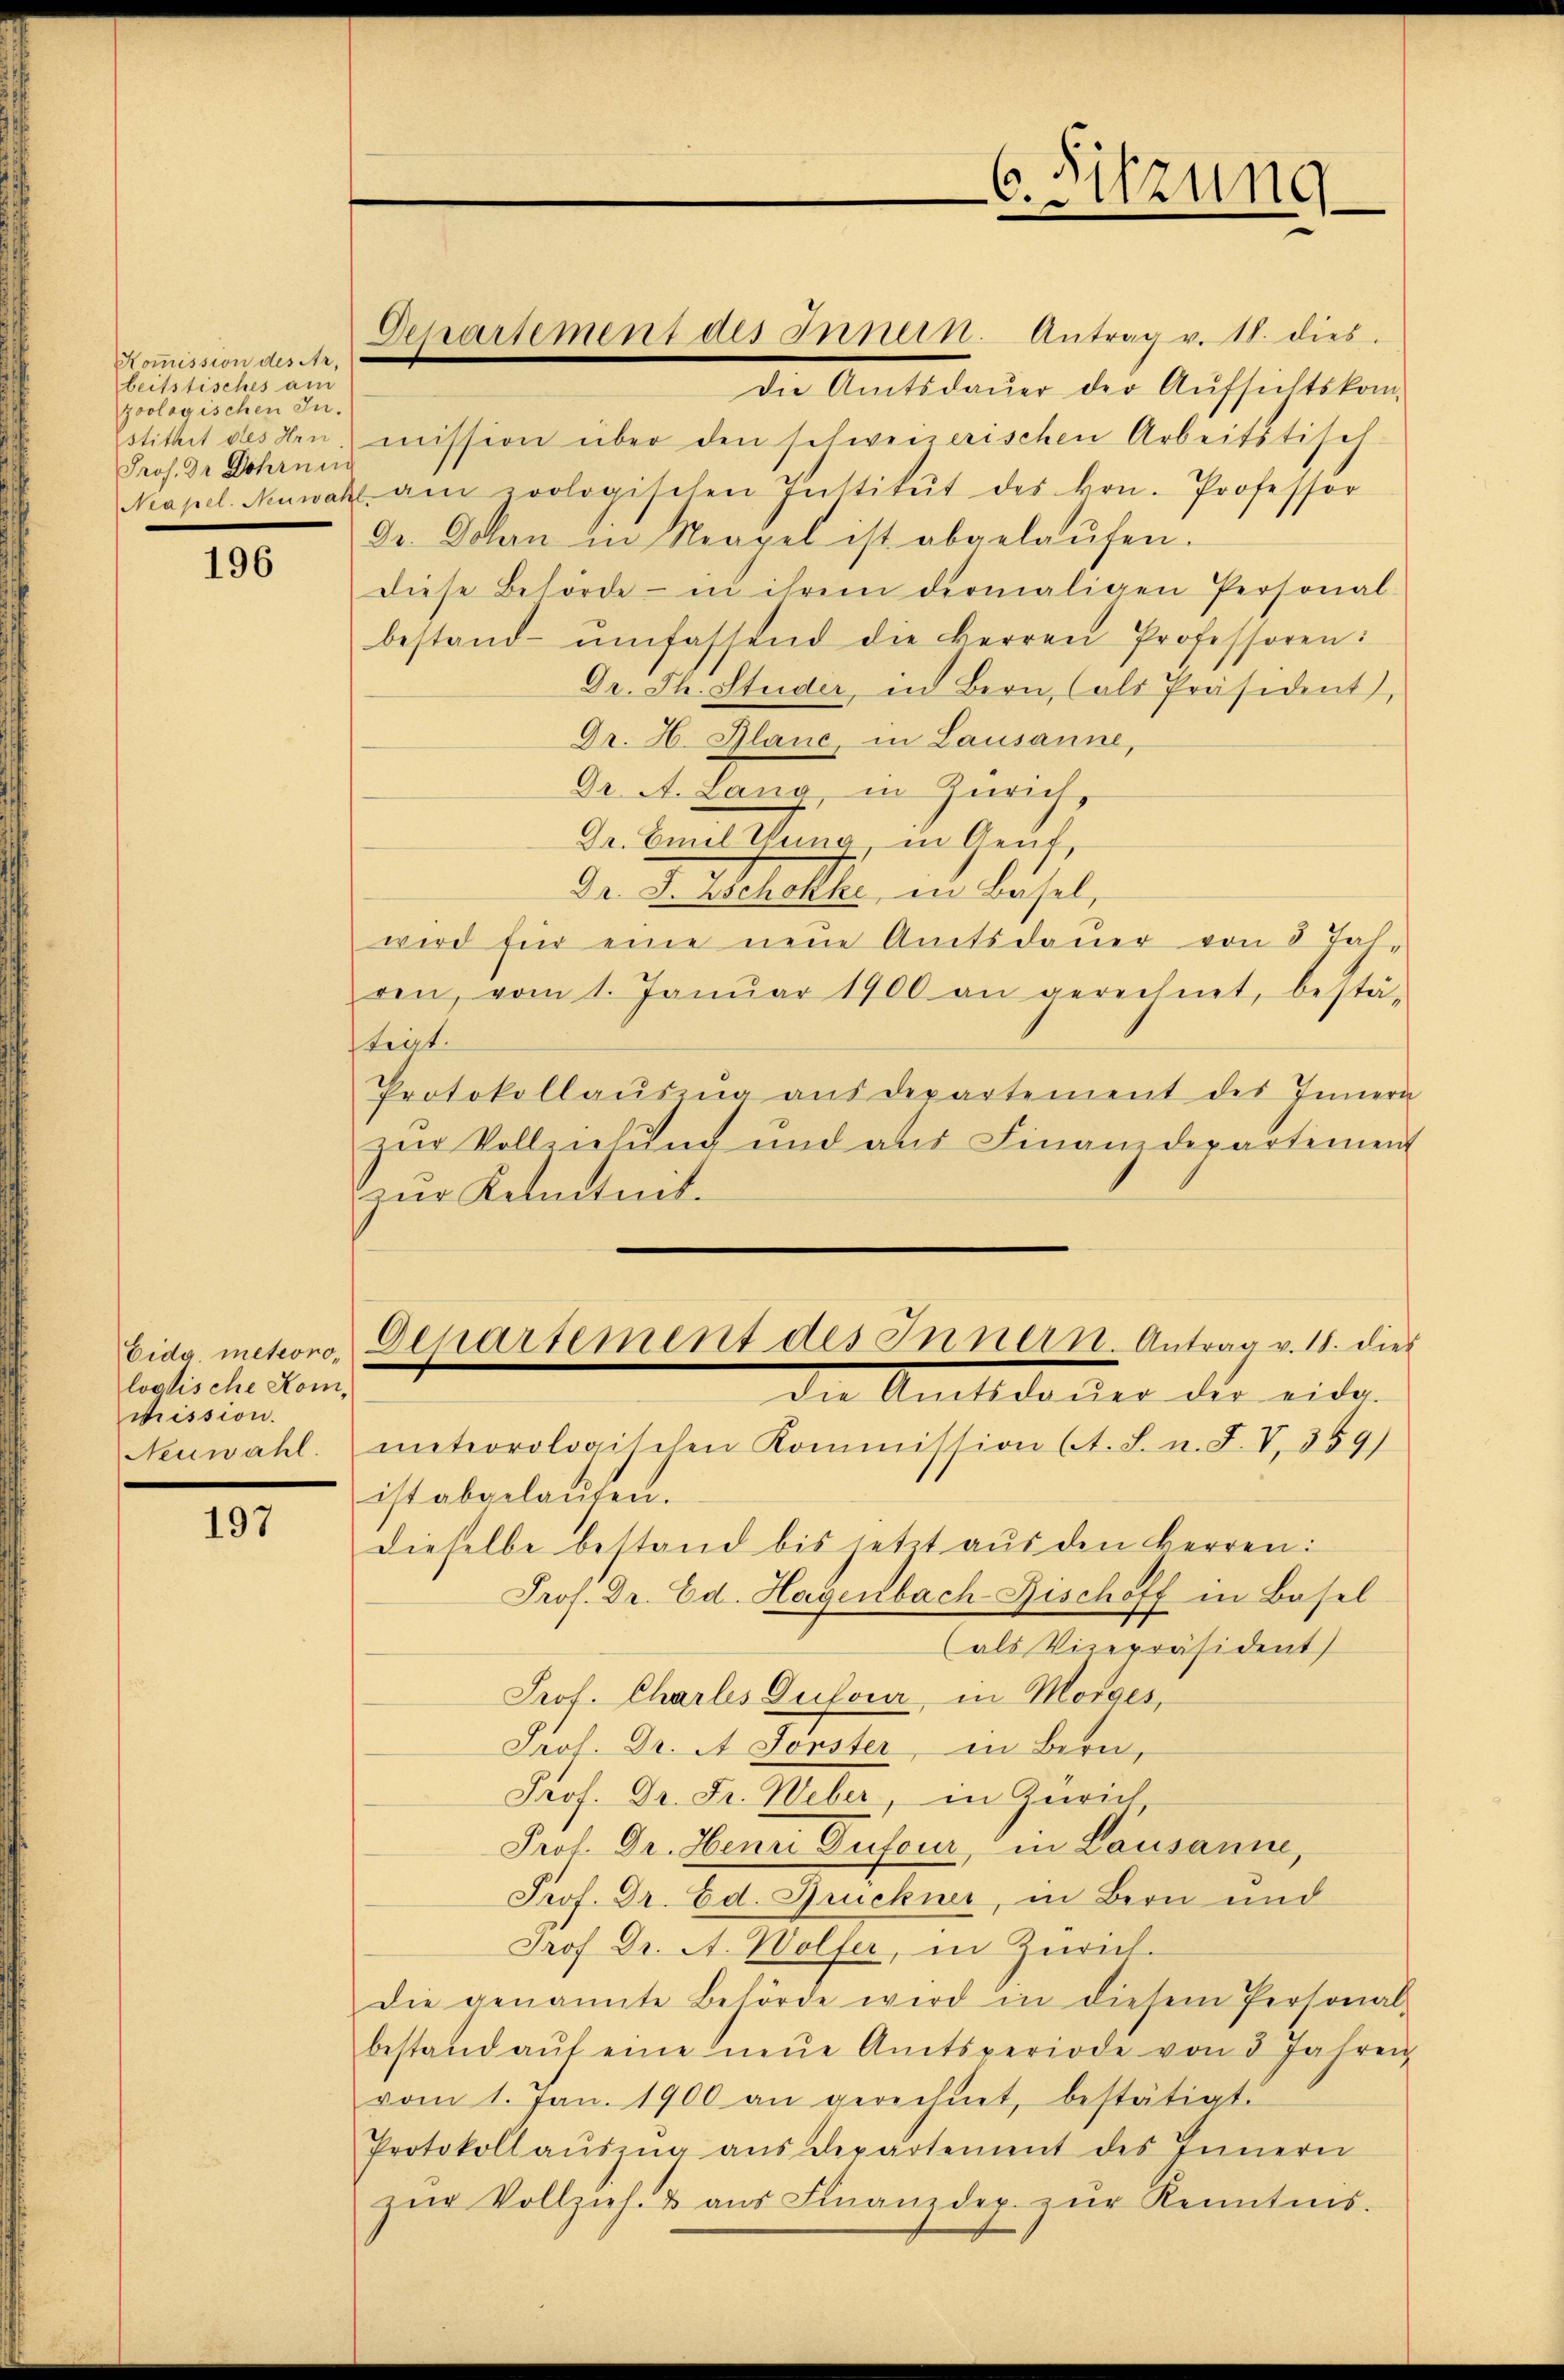
Kommission des Arbeitstisches an
zoologischen In-
Prof. Dr Dohrung

196

Eidg. meteorologlische Komcission.
Neuwahl.

197

Die Amtsdauer der Aufsichtskom-
stithet des Hrn. mission über den schweizerischen Arbeitstisch-
Mapel. Neuwahl am zoologischen Institŭt des kon. Professor
Dr. Dahn in Neapel ist abgelaŭfen.
diese Behörde - in ihrem dermaligen Personal-
bestand- ŭmfassend die Herren Professoren:
Dr. Th. Studer, in Bern, (als Präsident,
Dr. H. Glanc, in Lausanne,
Dr. A. Lang, in Zürich.
Dr. Emil Tuna, in Gent,
Dr. S. Zschokke, in Basel,
wird für eine neue Amtsdauer von 8 Jah
ren, vom 1. Janŭar 1900 an gerechnet, bestä-
tegt.
Protokollaŭszŭg aŭs departement des Innern
zur Vollziehung und aus Finanzdepartement
zur Kenntnit.
Departement des Innern. Antrag v. 18. dies
die Antlldorter der eider
meteorologischen Kommission (A. L. n. F. V. 359)
ist abgelauten.
dieselbe bestand bis jetzt aus den Herren:
Prof. Dr. Ed. Hagenbach Bischoff in Basel
(als Vizepräsident
Prof. Charles Dufour, in Morges,
Srol. Dr. A. Forster, in Bern,
Prof. Dr. Fr. Weber, in Zürich
Prof. Dr. Henn Dufour, in Lausanne,
Prof. Dr. Ed. Druckner, in Bern und
Prof. Dr. A. Wolfer, in Zürich.
die genannte Behörde wird in diesem Personal-
bestand aŭf eine neŭe Amtsperiode von 5 Jahren
vom 1. Jan. 1900 an gerechnet, bestätigt.
Protokollaŭszŭg aŭs departement des Innern
zŭr Vollzieh- u aŭs Finanzdep. zŭr Kenntnis.

Deparsement des Innern. Antrag v. 18. dies

C. Sitzung
1